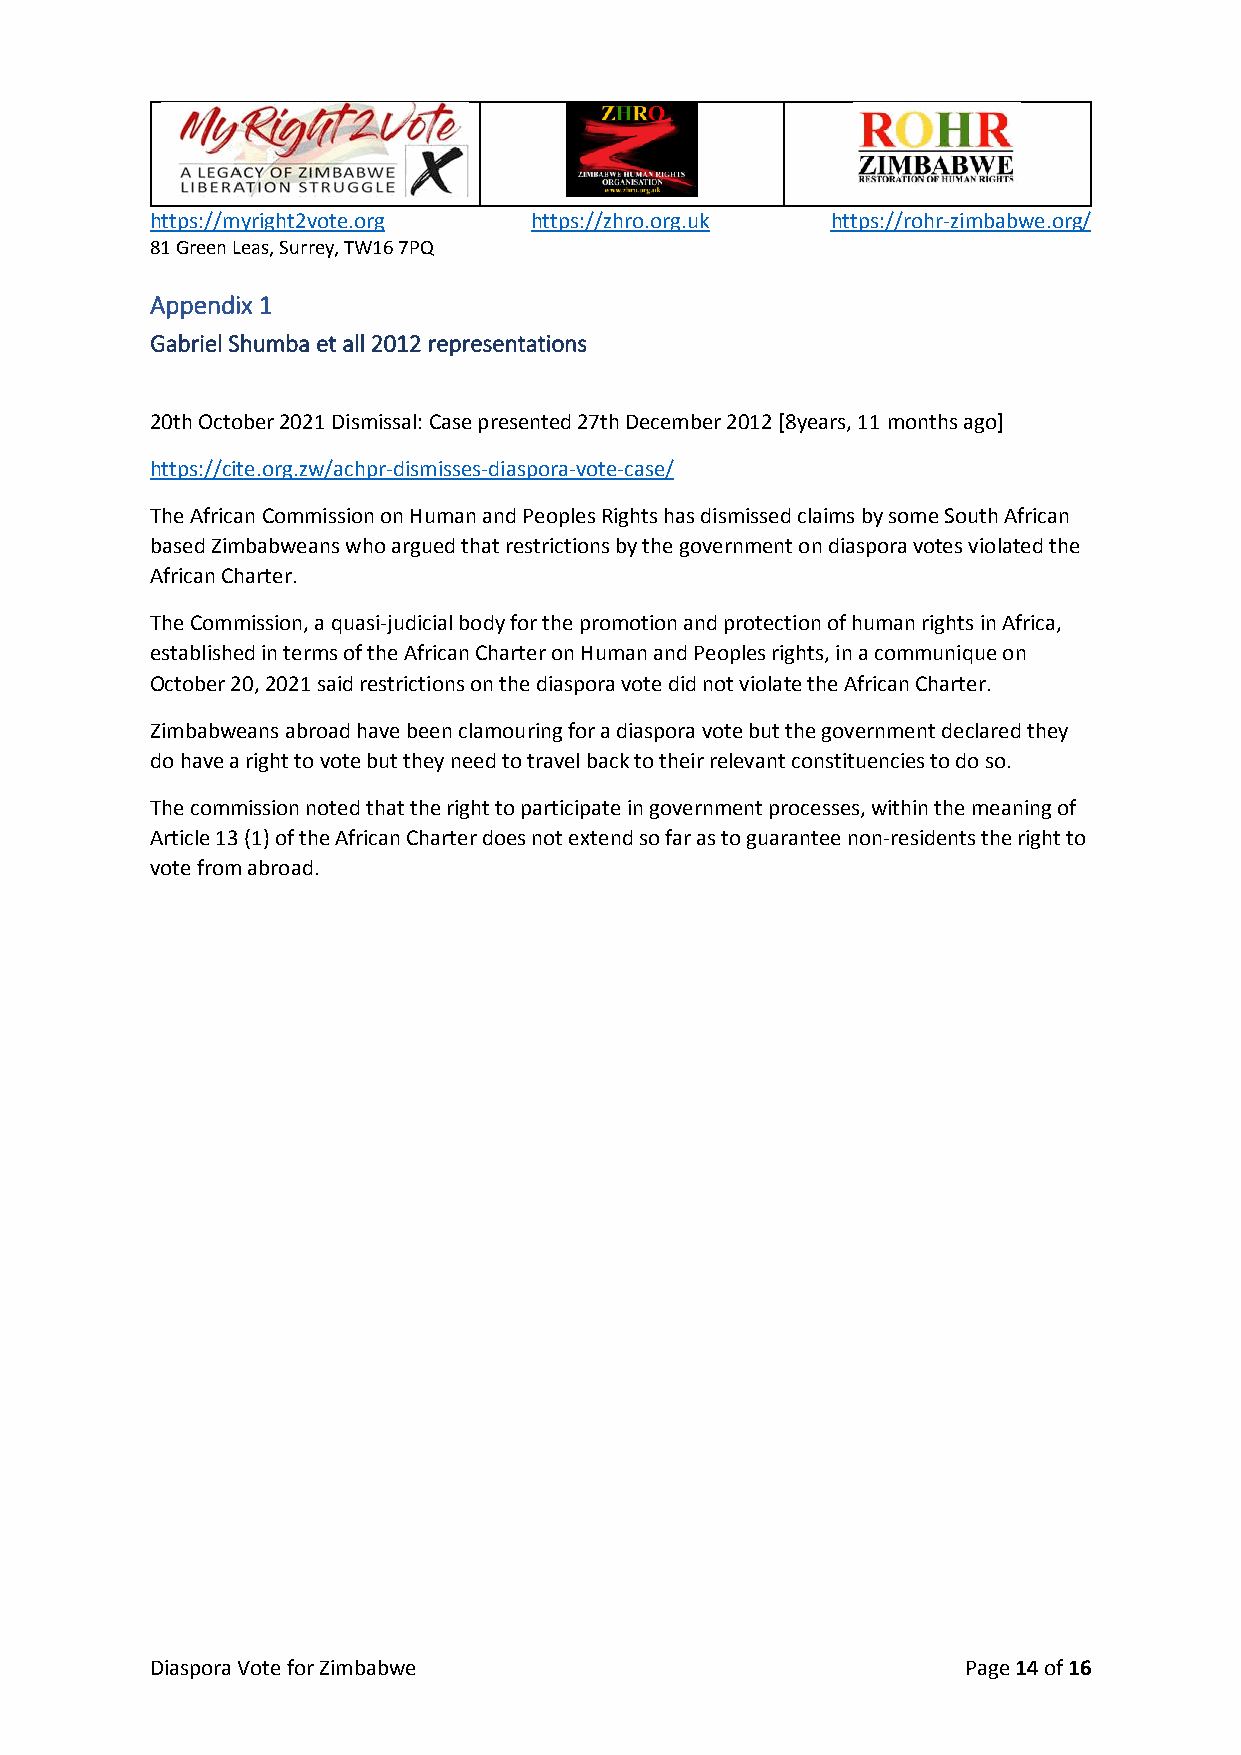
https://myright2vote.org https://zhro.org.uk https://rohr-zimbabwe.org/
 81 Green Leas, Surrey, TW16 7PQ
 Appendix 1
 Gabriel Shumba et all 2012 representations
 20th October 2021 Dismissal: Case presented 27th December 2012 [8years, 11 months ago]
 https://cite.org.zw/achpr-dismisses-diaspora-vote-case/
 The African Commission on Human and Peoples Rights has dismissed claims by some South African
 based Zimbabweans who argued that restrictions by the government on diaspora votes violated the
 African Charter.
 The Commission, a quasi-judicial body for the promotion and protection of human rights in Africa,
 established in terms of the African Charter on Human and Peoples rights, in a communique on
 October 20, 2021 said restrictions on the diaspora vote did not violate the African Charter.
 Zimbabweans abroad have been clamouring for a diaspora vote but the government declared they
 do have a right to vote but they need to travel back to their relevant constituencies to do so.
 The commission noted that the right to participate in government processes, within the meaning of
 Article 13 (1) of the African Charter does not extend so far as to guarantee non-residents the right to
 vote from abroad.
 Diaspora Vote for Zimbabwe                            Page 14 of 16